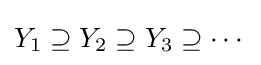
Y_{1}\supseteq Y_{2}\supseteq Y_{3}\supseteq \cdots